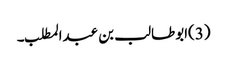
(3)ابوطالب بن عبدالمطلب۔